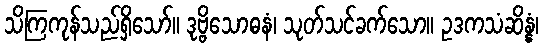
သိကြကုန်သည်ရှိသော်။ ဒုဗ္ဗိသောဓနံ၊ သုတ်သင်ခက်သော။ ဥဒကသံဆိန္နံ၊